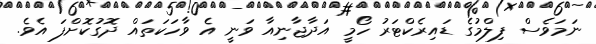
ނަމަވެސް ފިލްމުގެ ޑައިރެކްޓަރު ހޯމީ އަދާޖާނިއާ ވަނީ އެ ވާހަކަތައް ދޮގުކޮށްފަ އެވެ.